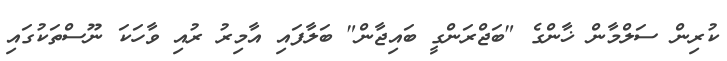
ކުރިން ސަލްމާން ޚާންގެ "ބަޖްރަންގީ ބައިޖާން" ބަލާފައި އާމިރު ރުއި ވާހަކަ ނޫސްތަކުގައި